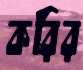
করির